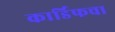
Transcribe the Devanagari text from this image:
कार्डिफचा